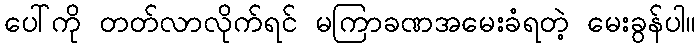
ပေါ်ကို တတ်လာလိုက်ရင် မကြာခဏအမေးခံရတဲ့ မေးခွန်ပါ။